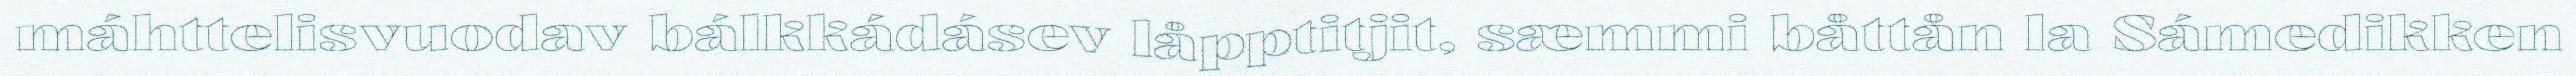
máhttelisvuodav bálkkádásev låpptitjit, sæmmi båttån la Sámedikken